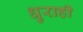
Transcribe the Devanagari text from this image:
धुराही